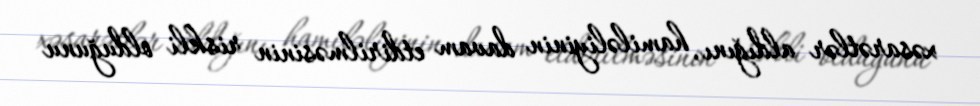
xəsarətlər aldığını, hamiləliyinin davam etdirilməsinin riskli olduğunu